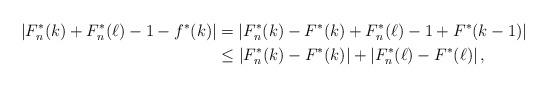
LaTeX: \begin{align*}\left|F_n^\ast(k) + F_n^\ast(\ell) - 1 - f^\ast(k)\right| &= \left|F_n^\ast(k) - F^\ast(k) + F_n^\ast(\ell) - 1 + F^\ast(k - 1)\right| \\ &\le \left|F_n^\ast(k) - F^\ast(k)\right| + \left|F_n^\ast(\ell) - F^\ast(\ell)\right|,\end{align*}